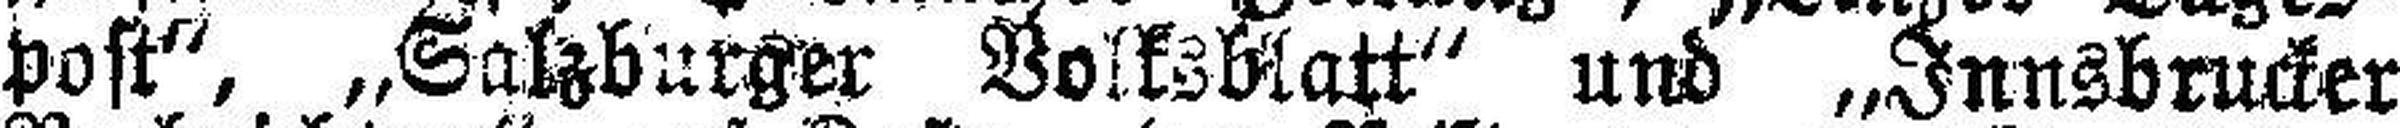
post", „Salzburger BolksKatt" und „Innsbrucker